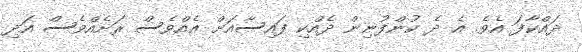
ދައްކާފަ އެވެ. އެ ދެ ކުންފުނިން ދެއްކި ފައިސާއަށް އެއްވެސް ރަށެއްވެސް އަދި